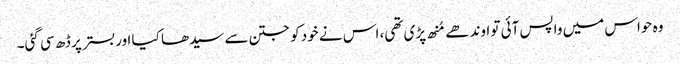
وہ حواس میں واپس آئی تو اوندھے مُنھ پڑی تھی، اس نے خود کو جتن سے سیدھا کیا اوربستر پر ڈھ سی گئی۔